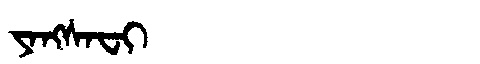
Manchu: ᠶᠠᠩᠰᠠᠸᡳ
Romanization: YANGSAFI